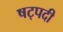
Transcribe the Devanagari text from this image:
षट्‍पदी